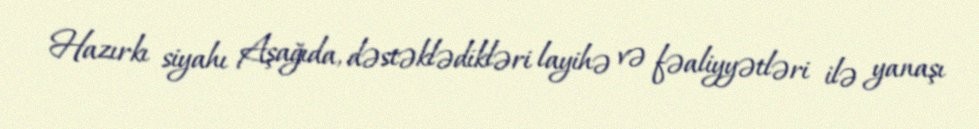
Hazırkı siyahı Aşağıda, dəstəklədikləri layihə və fəaliyyətləri ilə yanaşı